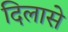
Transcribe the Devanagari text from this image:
दिलासे